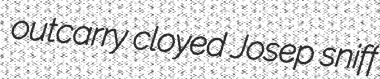
outcarry cloyed Josep sniff